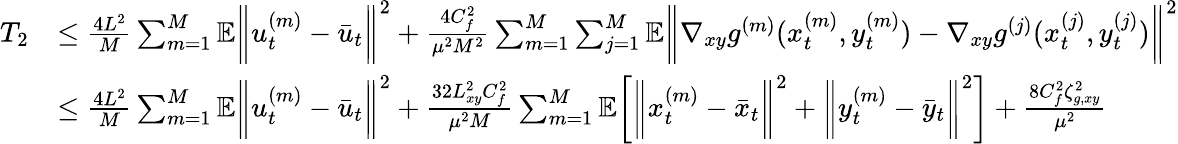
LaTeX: \begin{array}{rl}{T_{2}}&{\leq\frac{4L^{2}}{M}\sum_{m=1}^{M}\mathbb{E}\bigg\| u_{t}^{(m)}-\bar{u}_{t}\bigg\| ^{2}+\frac{4C_{f}^{2}}{\mu^{2}M^{2}}\sum_{m=1}^{M}\sum_{j=1}^{M}\mathbb{E}\bigg\| \nabla_{xy}g^{(m)}(x_{t}^{(m)},y_{t}^{(m)})-\nabla_{xy}g^{(j)}(x_{t}^{(j)},y_{t}^{(j)})\bigg\| ^{2}}\\ &{\leq\frac{4L^{2}}{M}\sum_{m=1}^{M}\mathbb{E}\bigg\| u_{t}^{(m)}-\bar{u}_{t}\bigg\| ^{2}+\frac{32L_{xy}^{2}C_{f}^{2}}{\mu^{2}M}\sum_{m=1}^{M}\mathbb{E}\bigg[\bigg\| x_{t}^{(m)}-\bar{x}_{t}\bigg\| ^{2}+\bigg\| y_{t}^{(m)}-\bar{y}_{t}\bigg\| ^{2}\bigg]+\frac{8C_{f}^{2}\zeta_{g,xy}^{2}}{\mu^{2}}}\end{array}